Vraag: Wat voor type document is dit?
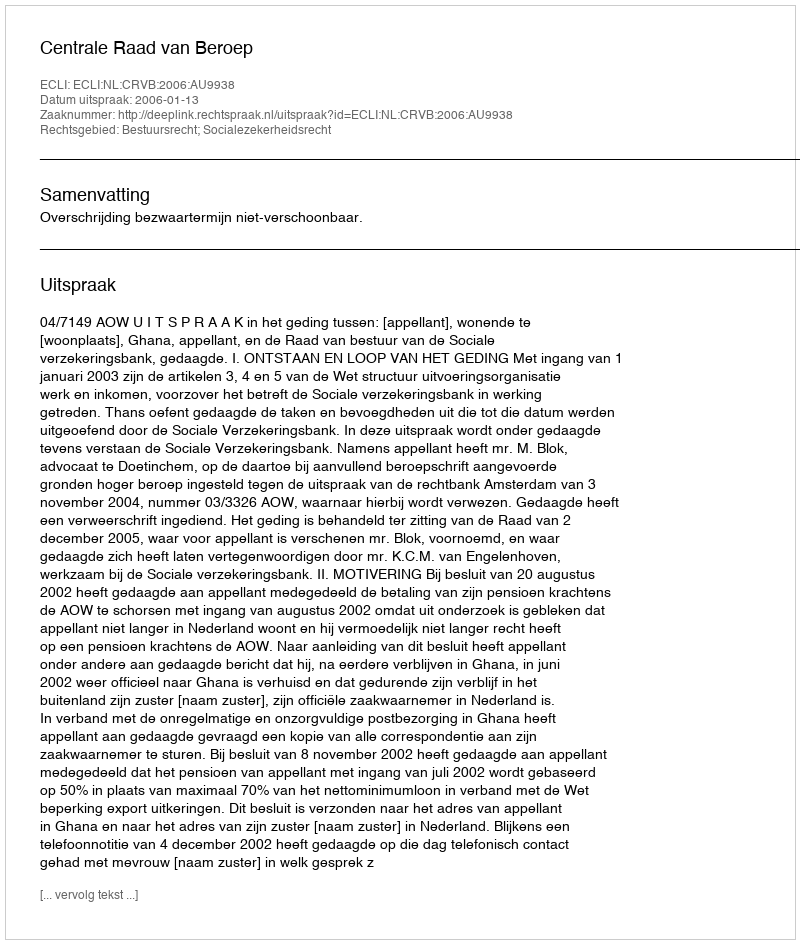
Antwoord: Uitspraak